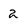
Character: 2